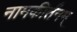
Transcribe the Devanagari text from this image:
नामकीर्तनम्